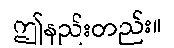
ဤနည်းတည်း။